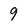
Character: 9